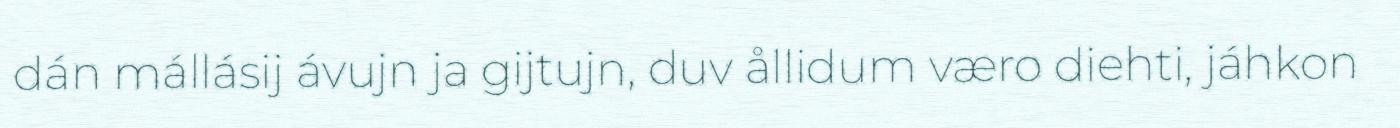
dán mállásij ávujn ja gijtujn, duv ållidum væro diehti, jáhkon